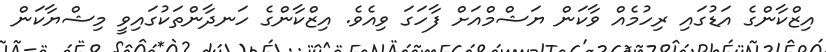
އިޒްކާންގެ އަޑުގައި ރިހުމެއް ވާކަން ޔަޝްމްއަށް ފާހަގަ ވިއެވެ. އިޒްކާންގެ ހަނދާންތަކުގައިވީ މިޝްޔާކަން